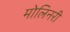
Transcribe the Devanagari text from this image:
मोलिनरी